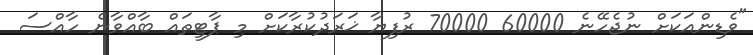
"ވެޑިންއަކަށް ނުޖެހޭނެ 60000 70000 ރުފިޔާ ޚަރަދުކުރާކަށް މި ޕާޓީތައް ބާއްވާނެ ހާއްސަ